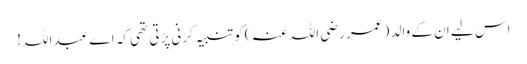
اس لیے ان کے والد ( عمر رضی اللہ عنہ ) کو تنبیہ کرنی پڑتی تھی کہ اے عبداللہ !